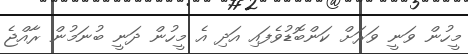
މީހުން ވަނީ ވަރަށް ކަންބޮޑުވެފައި އަދި އެ މީހުން ދަނީ ބުނަމުން ރާއްޖެ